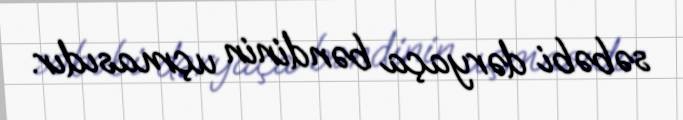
səbəbi dəryaça bəndinin uçmasıdır.